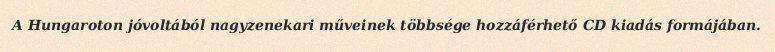
A Hungaroton jóvoltából nagyzenekari műveinek többsége hozzáférhető CD kiadás formájában.